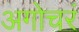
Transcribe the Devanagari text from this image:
अगोचरं